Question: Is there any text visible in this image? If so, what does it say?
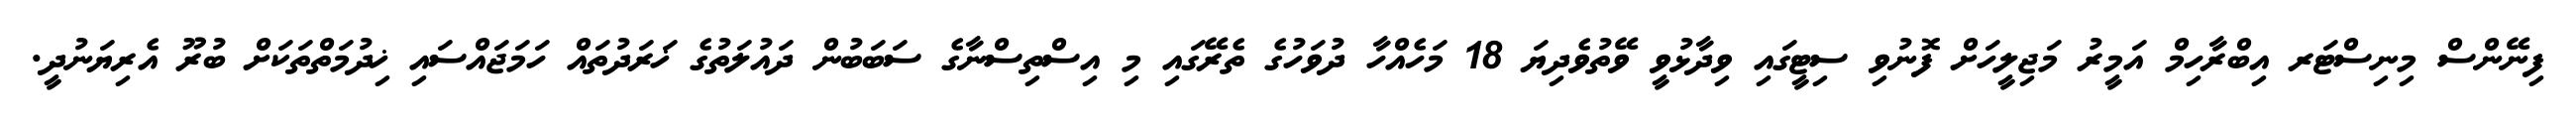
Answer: ފިނޭންސް މިނިސްޓަރ އިބްރާހިމް އަމީރު މަޖިލީހަށް ފޮނުވި ސިޓީގައި ވިދާޅުވީ ވޭތުވެދިޔަ 18 މަހެއްހާ ދުވަހުގެ ތެރޭގައި މި އިސްތިސްނާގެ ސަބަބުން ދައުލަތުގެ ޚަރަދުތައް ހަމަޖައްސައި ޚިދުމަތްތަކަށް ބުރޫ އެރިޔަނުދީ.